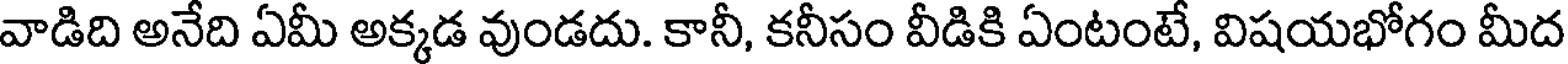
వాడిది అనేది ఏమీ అక్కడ వుండదు. కానీ, కనీసం వీడికి ఏంటంటే, విషయభోగం మీద